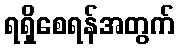
ရရှိစေရန်အတွက်